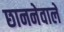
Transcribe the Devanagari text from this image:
छाननेवाले